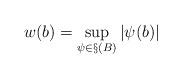
LaTeX: \begin{align*}w(b)=\sup_{\psi\in \S(B)}|\psi(b)|\end{align*}